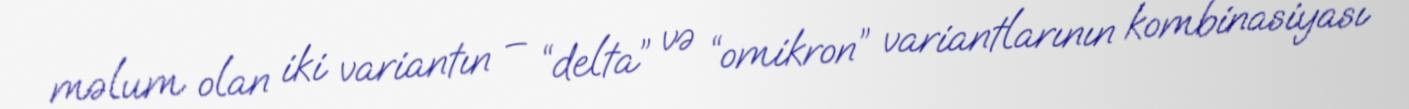
məlum olan iki variantın – “delta” və “omikron” variantlarının kombinasiyası